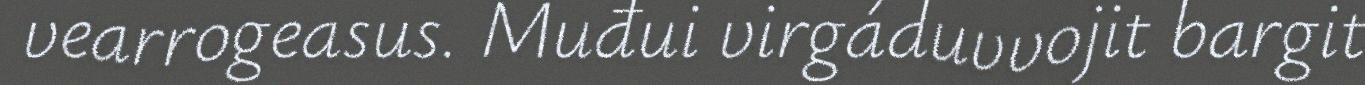
vearrogeasus. Muđui virgáduvvojit bargit